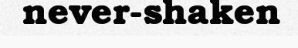
never-shaken